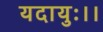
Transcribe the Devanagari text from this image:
यदायुः।।